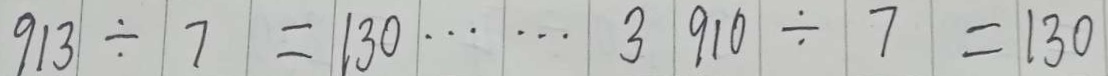
9 1 3 \div 7 = 1 3 0 \cdots 3 9 1 0 \div 7 = 1 3 0